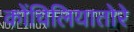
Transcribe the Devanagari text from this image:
कोंचिलियातोरे